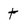
Character: t